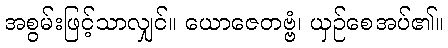
အစွမ်းဖြင့်သာလျှင်။ ယောဇေတဗ္ဗံ၊ ယှဉ်စေအပ်၏။